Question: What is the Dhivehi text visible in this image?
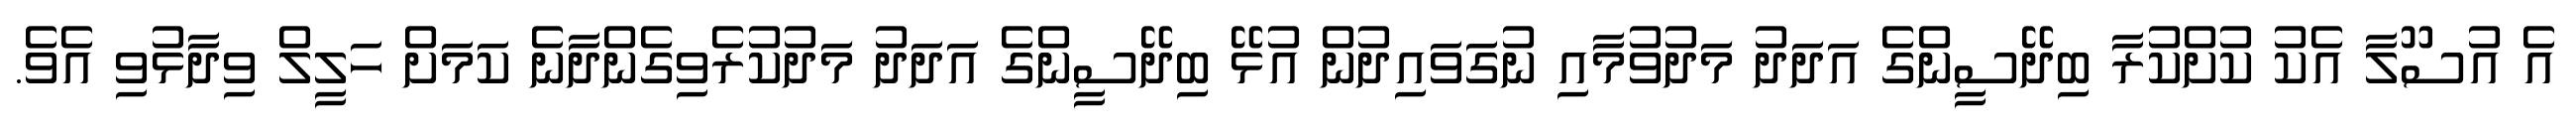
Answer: އެ އުސޫލާ އެކު ކުށްކުރާ ބިދޭސީންގެ އަދަދު މަދުވުމާއި ނުގަވައިދުން އުޅޭ ބިދޭސީންގެ އަދަދު މަދުކުރެވިގެންދާނެ ކަމަށް ހަލީލް ވިދާޅުވި އެވެ.